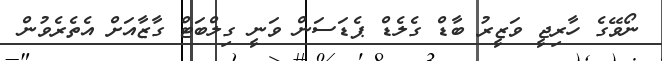
ނޯވޭގެ ހާރިޖީ ވަޒީރު ބާޑް ގެލެޑް ޕެޑަސަން ވަނީ ގިލްބަޓް ގާޒާއަށް އެތެރެވުން